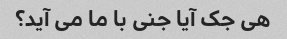
هی جک آیا جنی با ما می آید؟